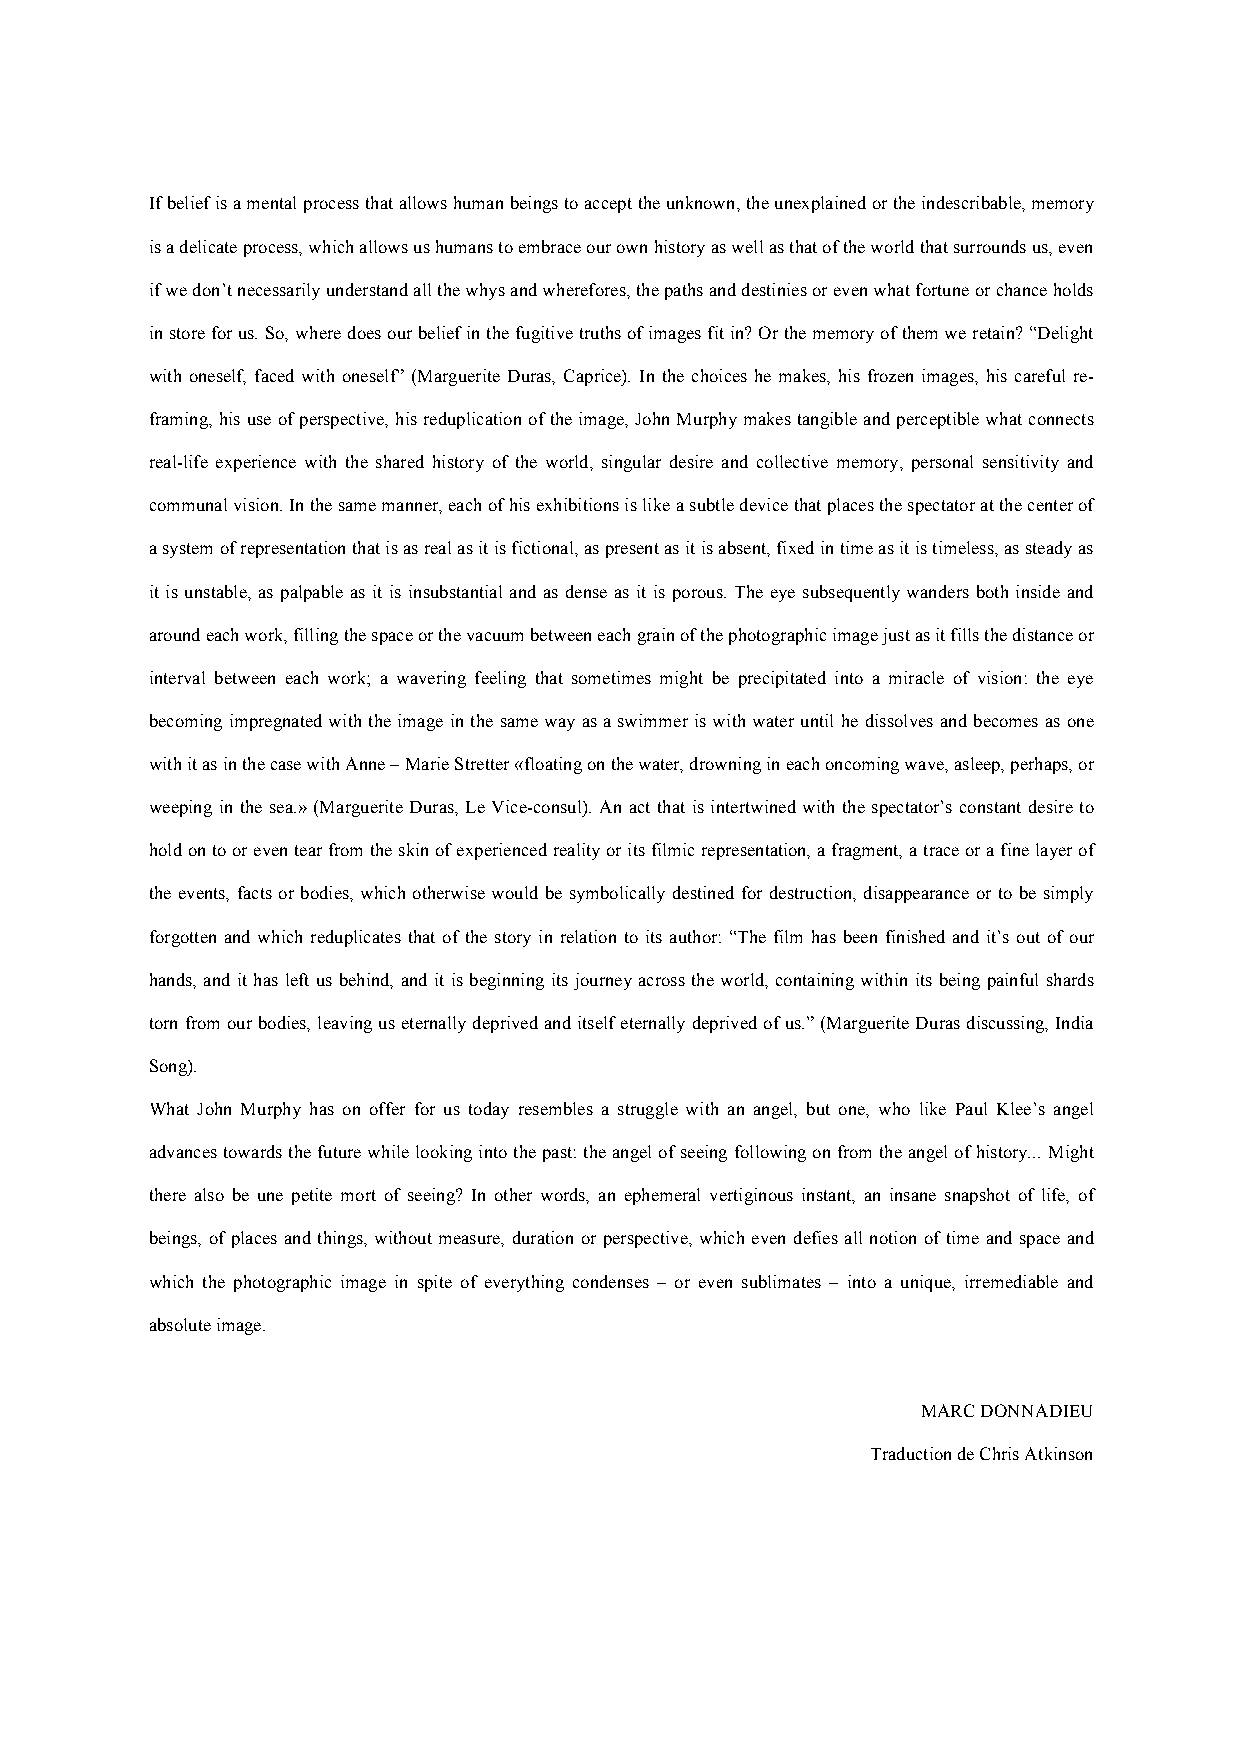
If belief is a mental process that allows human beings to accept the unknown, the unexplained or the indescribable, memory
 is a delicate process, which allows us humans to embrace our own history as well as that of the world that surrounds us, even
 if we don’t necessarily understand all the whys and wherefores, the paths and destinies or even what fortune or chance holds
 in store for us. So, where does our belief in the fugitive truths of images fit in? Or the memory of them we retain? “Delight
 with oneself, faced with oneself” (Marguerite Duras, Caprice). In the choices he makes, his frozen images, his careful re-
 framing, his use of perspective, his reduplication of the image, John Murphy makes tangible and perceptible what connects
 real-life experience with the shared history of the world, singular desire and collective memory, personal sensitivity and
 communal vision. In the same manner, each of his exhibitions is like a subtle device that places the spectator at the center of
 a system of representation that is as real as it is fictional, as present as it is absent, fixed in time as it is timeless, as steady as
 it is unstable, as palpable as it is insubstantial and as dense as it is porous. The eye subsequently wanders both inside and
 around each work, filling the space or the vacuum between each grain of the photographic image just as it fills the distance or
 interval between each work; a wavering feeling that sometimes might be precipitated into a miracle of vision: the eye
 becoming impregnated with the image in the same way as a swimmer is with water until he dissolves and becomes as one
 with it as in the case with Anne – Marie Stretter «floating on the water, drowning in each oncoming wave, asleep, perhaps, or
 weeping in the sea.» (Marguerite Duras, Le Vice-consul). An act that is intertwined with the spectator’s constant desire to
 hold on to or even tear from the skin of experienced reality or its filmic representation, a fragment, a trace or a fine layer of
 the events, facts or bodies, which otherwise would be symbolically destined for destruction, disappearance or to be simply
 forgotten and which reduplicates that of the story in relation to its author: “The film has been finished and it’s out of our
 hands, and it has left us behind, and it is beginning its journey across the world, containing within its being painful shards
 torn from our bodies, leaving us eternally deprived and itself eternally deprived of us.” (Marguerite Duras discussing, India
 Song).
 What John Murphy has on offer for us today resembles a struggle with an angel, but one, who like Paul Klee’s angel
 advances towards the future while looking into the past: the angel of seeing following on from the angel of history... Might
 there also be une petite mort of seeing? In other words, an ephemeral vertiginous instant, an insane snapshot of life, of
 beings, of places and things, without measure, duration or perspective, which even defies all notion of time and space and
 which the photographic image in spite of everything condenses – or even sublimates – into a unique, irremediable and
 absolute image.
 MARC DONNADIEU
 Traduction de Chris Atkinson